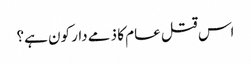
اس قتل عام کا ذمے دار کون ہے؟